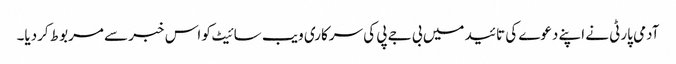
آدمی پارٹی نے اپنے دعوے کی تائید میں بی جے پی کی سرکاری ویب سائیٹ کو اس خبر سے مربوط کردیا۔